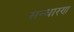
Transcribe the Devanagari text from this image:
सन्‍धारण